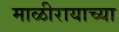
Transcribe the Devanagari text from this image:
माळीरायाच्या